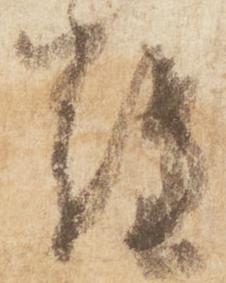
難